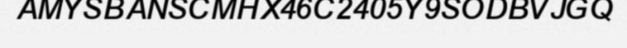
AMYSBANSCMHX46C2405Y9SODBVJGQ